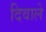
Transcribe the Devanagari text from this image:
दिवाले